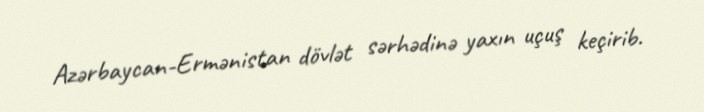
Azərbaycan-Ermənistan dövlət sərhədinə yaxın uçuş keçirib.